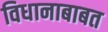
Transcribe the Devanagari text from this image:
विधानाबाबत